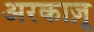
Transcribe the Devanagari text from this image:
अरकाज़ू